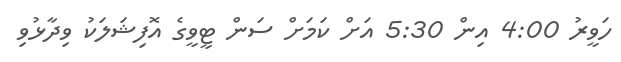
ހަވީރު 4:00 އިން 5:30 އަށް ކަމަށް ސަން ޓީވީގެ އޮފިޝަލަކު ވިދާޅުވި